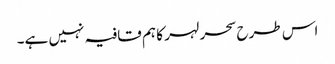
اس طرح سحر لہر کا ہم قافیہ نہیں ہے۔